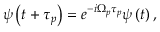
\begin{array} { r } { \psi \left( t + \tau _ { p } \right) = e ^ { - i { \Omega } _ { p } \tau _ { p } } \psi \left( t \right) , } \end{array}